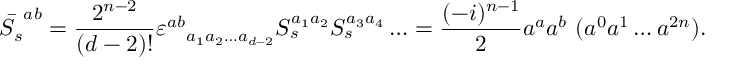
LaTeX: \bar { S _ { s } } ^ { a b } = \frac { 2 ^ { n - 2 } } { ( d - 2 ) ! } \varepsilon ^ { a b } { } _ { a _ { 1 } a _ { 2 } \ldots a _ { d - 2 } } S _ { s } ^ { a _ { 1 } a _ { 2 } } S _ { s } ^ { a _ { 3 } a _ { 4 } } \ldots = \frac { ( - i ) ^ { n - 1 } } { 2 } a ^ { a } a ^ { b } \, \, ( a ^ { 0 } a ^ { 1 } \ldots a ^ { 2 n } ) .